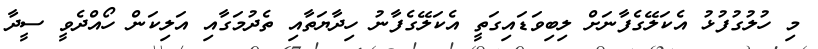
މި ހުލުގުފުޅު އެކަލޭގެފާނަށް ލިބިވަޑައިގަތީ އެކަލޭގެފާނު ހިދާޔަތާއި ތެދުމަގާއި އަލިކަން ހޯއްދެވީ ސީދާ